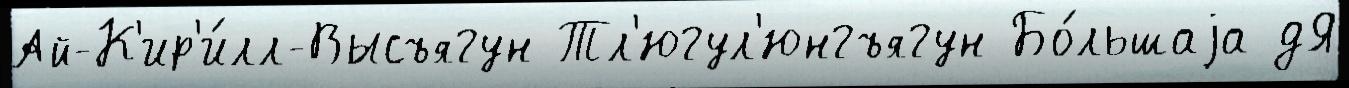
Ай-К'ир'и́лл-Высъягун Тл'югул'юнгъягун Бо́льшаjа дЯ